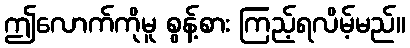
ဤလောက်ကိုမူ စွန့်စား ကြည့်ရလိမ့်မည်။